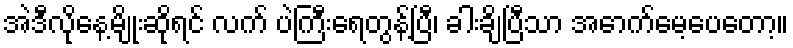
အဲဒီလိုနေ့မျိုးဆိုရင် လက် ပဲကြီးရေတွန့်ပြီ၊ ခါးချိပြီသာ အောက်မေ့ပေတော့။